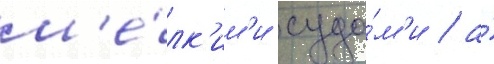
м'е́лк'им'и суда́м'и / а́